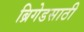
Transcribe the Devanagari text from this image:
ब्रिगेडसाठी